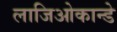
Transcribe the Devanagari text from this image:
लाजिओकान्डे